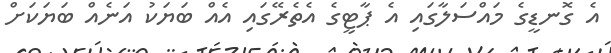
އެ ގޮނޑީގެ މައްސަލާގައި އެ ޕާޓީގެ އެތެރޭގައި އެއް ބަޔަކު އަނެއް ބަޔަކަށް